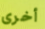
أخرى